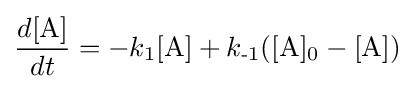
{\frac {d[\mathrm {A} ]}{dt}}=-k_{\text{1}}[\mathrm {A} ]+k_{\text{-1}}([\mathrm {A} ]_{\text{0}}-[\mathrm {A} ])